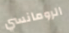
الرومانسي